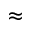
\approx